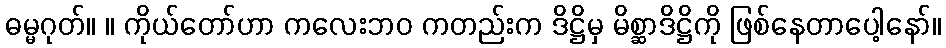
ဓမ္မဂုတ်။ ။ ကိုယ်တော်ဟာ ကလေးဘဝ ကတည်းက ဒိဋ္ဌိမှ မိစ္ဆာဒိဋ္ဌိကို ဖြစ်နေတာပေါ့နော်။